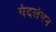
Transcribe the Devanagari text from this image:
गंदलेपन